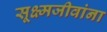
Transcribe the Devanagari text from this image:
सूक्ष्मजीवांना